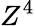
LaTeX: Z^{4}